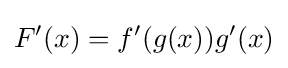
F'(x)=f'(g(x))g'(x)